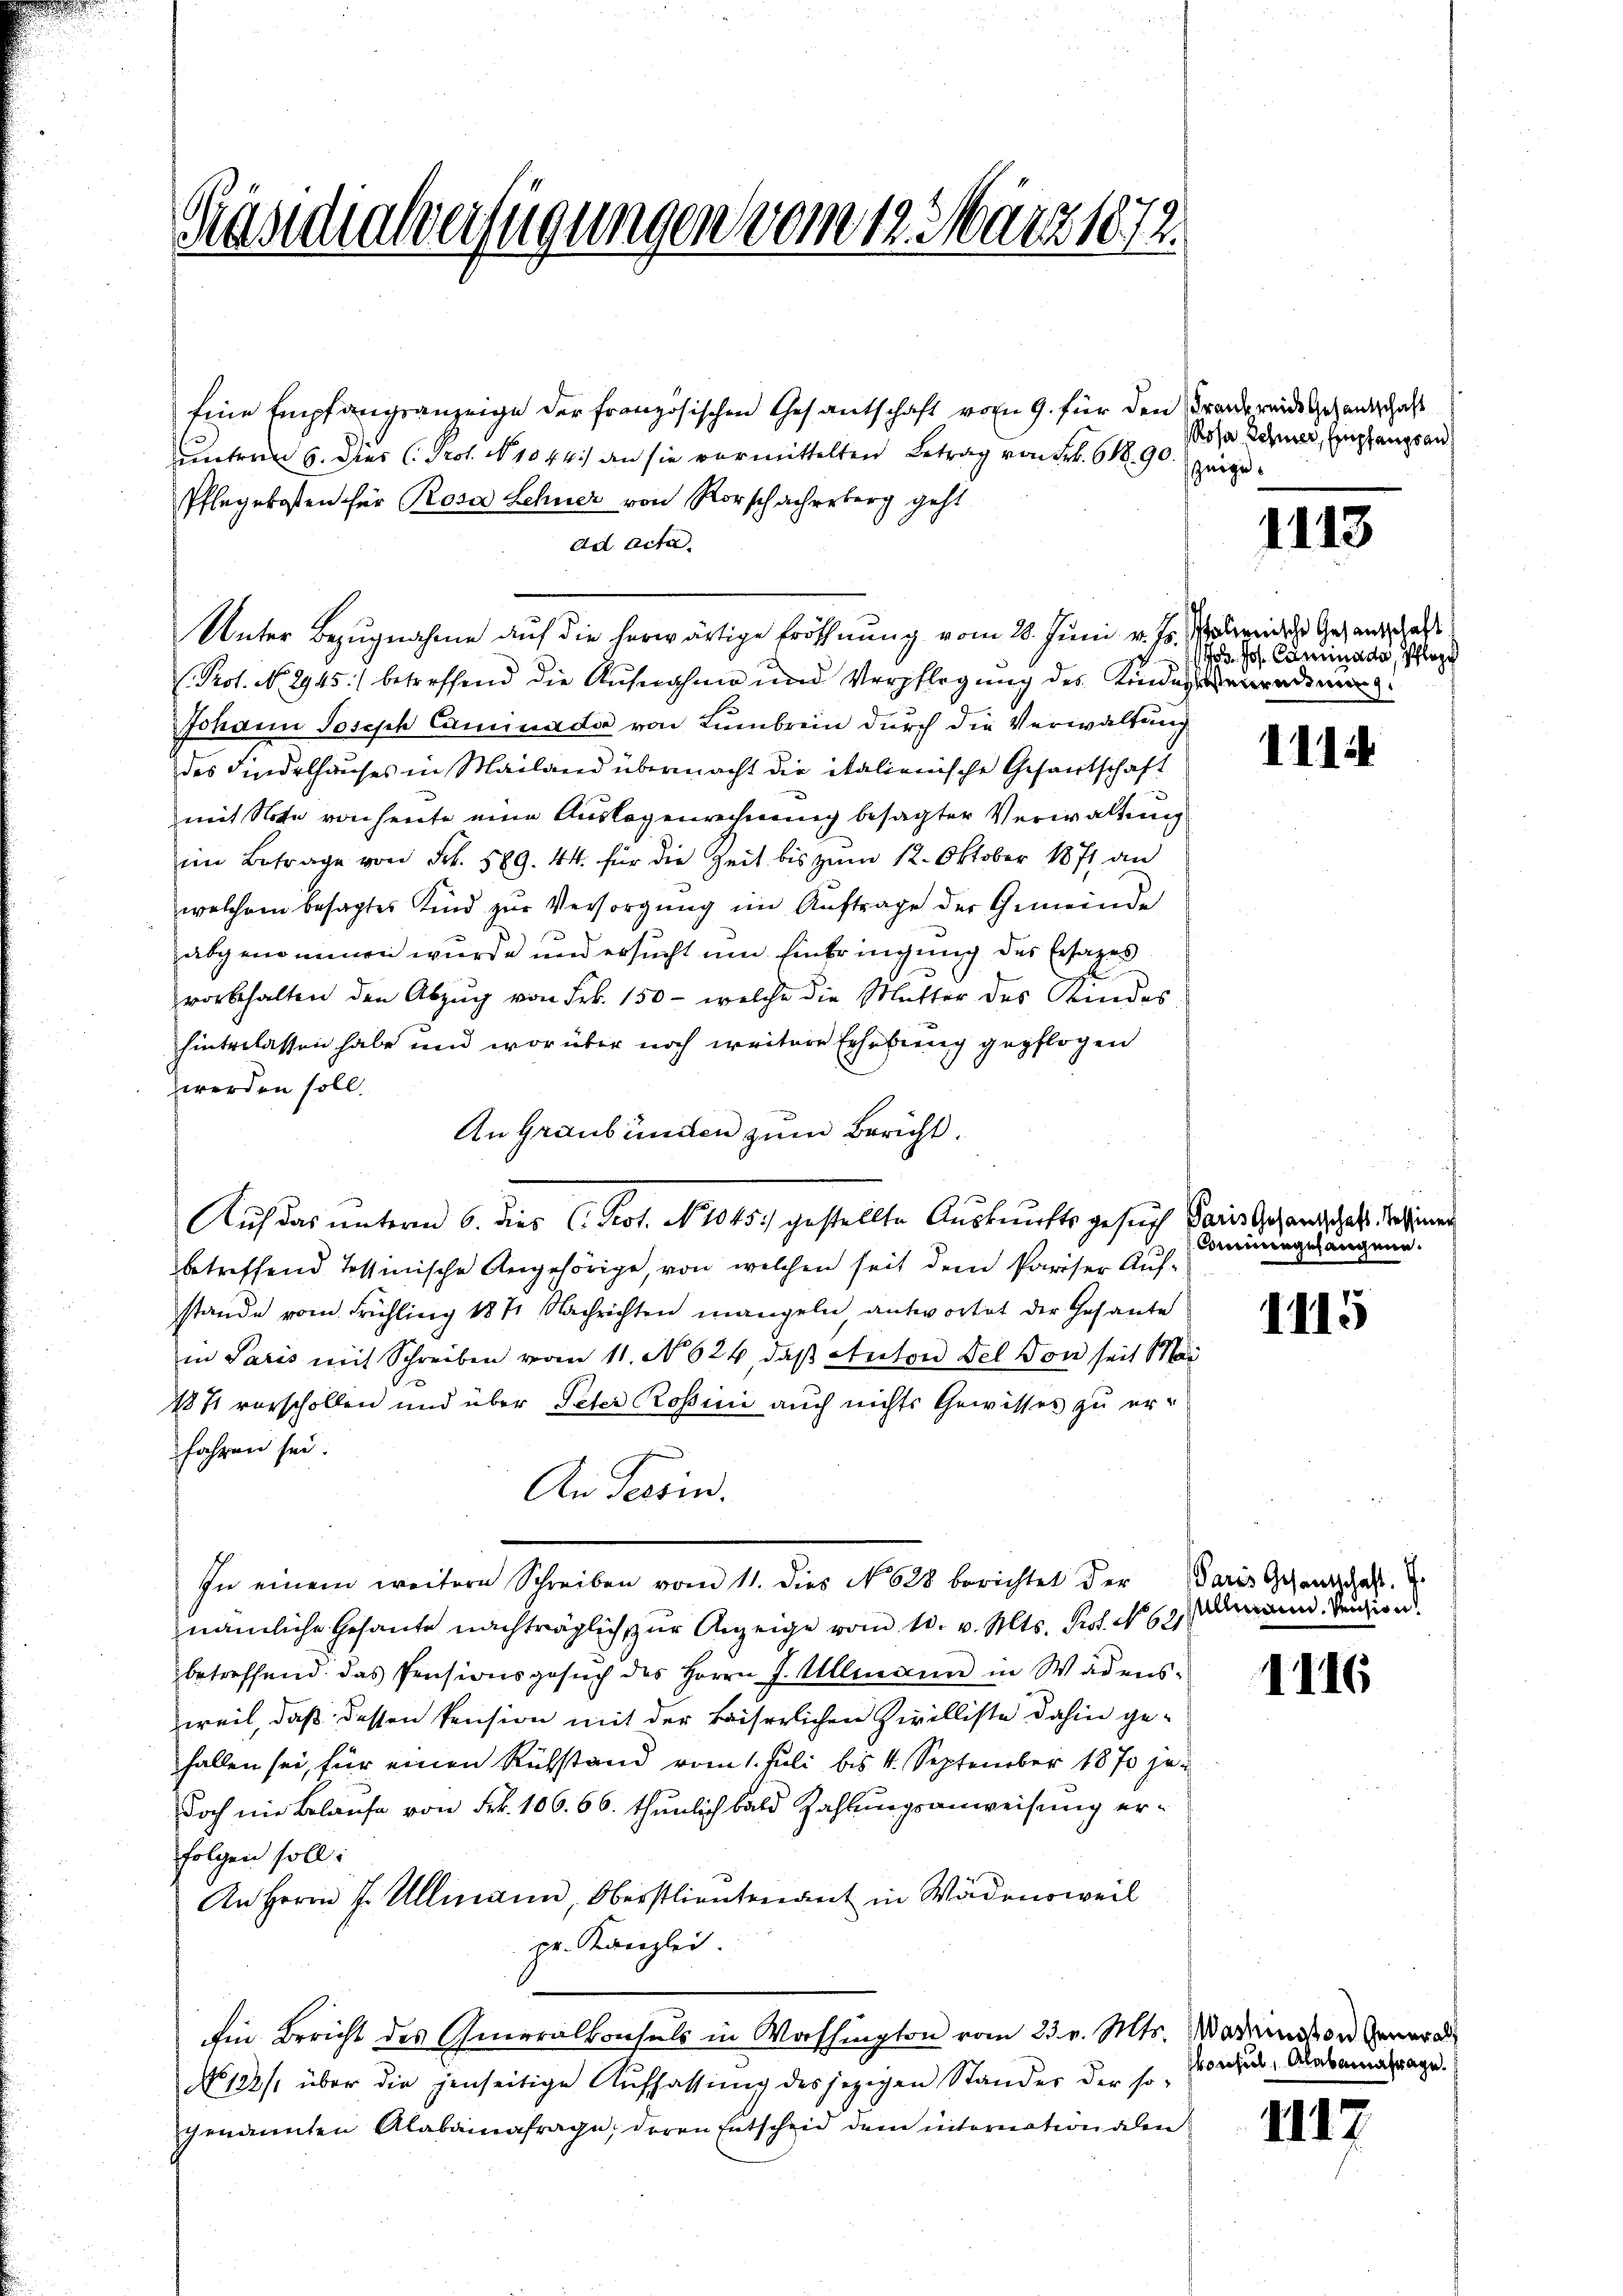
Präsidialverfügungen vom 12. März 1872.

Eine Empfangsanzeige der französischen Gesantschaft vom 9. für den Brandereide Gesandschaft
unterm 6. Dies C. Prof. No 1044.) an sie vermittelten Betrag von Frk. 690. zeige¬
Pflegekosten für Rosa Lehner von Rorschacherberg geht
Ad Acta.
Unter Bezugnahme auf die herwärtige Eröffnung vom 20. Juni v. Js. aber des Gesandtschaft
Prot. No 2945) betreffend die Aufnahme und Verpflegung des Kindernerradinung
Johann Joseph Camnada von Lumbrein durch die Verwaltung
des Findelhauses in Mailand übermacht die italienische Gesantschaft
mit Note von heute eine Auslegenrechnung besagter Verwaltung
im Betrage von Frk. 589. 44. für die Zeit bis zum 12. Oktober 1871 an
welchem besagtes Kind zur Versorgung im Auftrage der Gemeinde
abgenommen wurde und ersucht um Einbringung des Ersatzes
vorbehalten den Abzug von Frk. 150 - welche die Mutter des Kindes
hinterlassen habe und worüber noch weitere Erhebung gepflogen
werden soll.
An Graubünden zum Bericht.
betreffend Tessinische Angehörige, von welchen seit dem Pariser Aufstande vom Frühling 1871 Nachrichten mangeln, antwortet der Gesante
in Paris mit Schreiben vom 11. No 624, daß Anton Fel. Von seit Mai
1871 vorschollen und über Peter Rossini auch nichts Gewisses zu erfahren sei.
An Tessin.
In einem weitere Schreiben vom 11. dies No 628 berichtet der
nämliche Gesante nachträglich zur Anzeige vom 10. v. Mts. Prof. No 621
betreffend das Pensionsgesŭch des Herrn J. Ullmann in Wädens-
weil, daß dessen Pension mit der kaiserlichen Zivilliste dahin gehallen sei, für einen Rükstand vom 1. Juli bis 4. September 1870 je-
Doch nie Belaufe von Frk. 106. 66. thunlich bald Zahlungsanweisung erfolgen soll:
An Herrn J. Ullimann, Oberstlieutenant in Wädensweil
pr. Kanzlei.
Ein Bericht des Generalkonsuls in Washington vom 23. v. Mts. Mademission der
No 128/ über die jenseitige Auffassŭng des jezigen Stander der so-
genannten Alabauenfrage, deren Entscheid dem internation deren

Auf das unterm 6. dies C. Prof. No 345. gestellte Auskunftsgesuch Pausserhandschaft die sin

Rosa Schmer, Empfangsan

1113

o. Jos. Caminards, Pflege

1114

Commengelangene.

1115

Paris Gesandtschaft. I.
Almann. Pension

1116

vonseil, Alabamat

1117